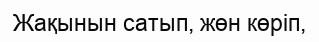
Жақынын сатып, жөн көріп,